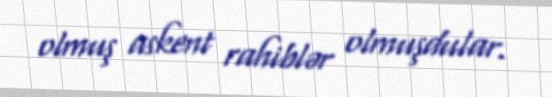
olmuş askent rahiblər olmuşdular.